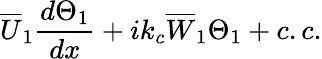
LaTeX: \overline{{U}}_{1}\frac{d\Theta_{1}}{dx}+ik_{c}\overline{{W}}_{1}\Theta_{1}+c.c.